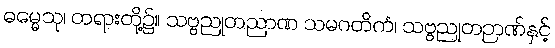
ဓမ္မေသု၊ တရားတို့၌။ သဗ္ဗညုတညာဏ သမဂတိကံ၊ သဗ္ဗညုတဉာဏ်နှင့်